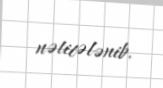
nəticələnib.